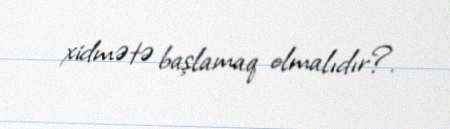
xidmətə başlamaq olmalıdır?.